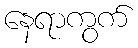
နေရာကွက်